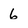
Character: 6